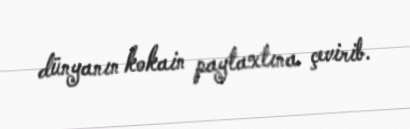
dünyanın kokain paytaxtına çevirib.